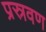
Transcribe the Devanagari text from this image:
प्रस्रवण